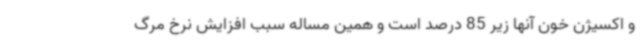
و اکسیژن خون آنها زیر 85 درصد است و همین مساله سبب افزایش نرخ مرگ